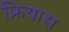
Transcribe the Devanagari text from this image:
फ्रियास